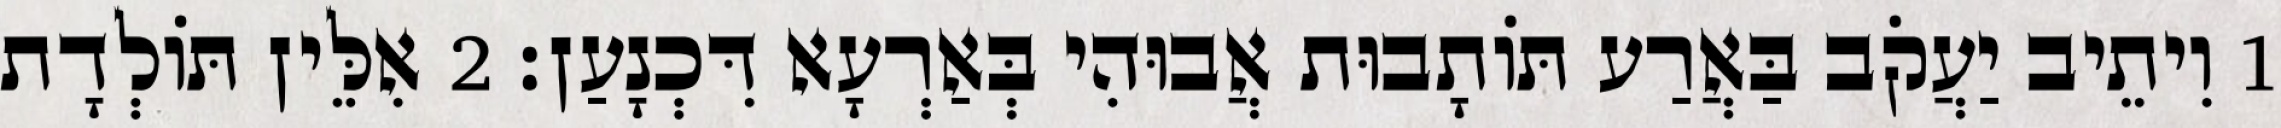
1 וִיתֵיב יַעֲקֹב בַּאֲרַע תּוֹתָבוּת אֲבוּהִי בְּאַרְעָא דִּכְנָעַן׃ 2 אִלֵּין תּוֹלְדָת